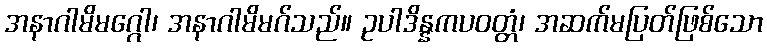
အနာဂါမိမဂ္ဂေါ၊ အနာဂါမိမဂ်သည်။ ဥပါဒိန္နကပဝတ္တံ၊ အဆက်မပြတ်ဖြစ်သော